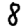
Digit: 8